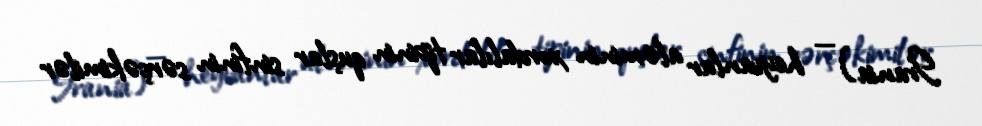
Irania) — heyvanlar aləminin xordalılar tipinin quşlar sinfinin sərçəkimilər